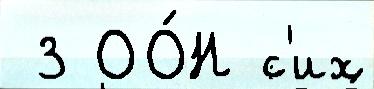
 3 ОО́Н с'их